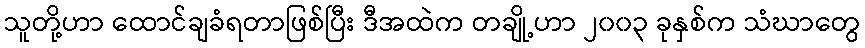
သူတို့ဟာ ထောင်ချခံရတာဖြစ်ပြီး ဒီအထဲက တချို့ဟာ ၂၀၀၃ ခုနှစ်က သံဃာတွေ